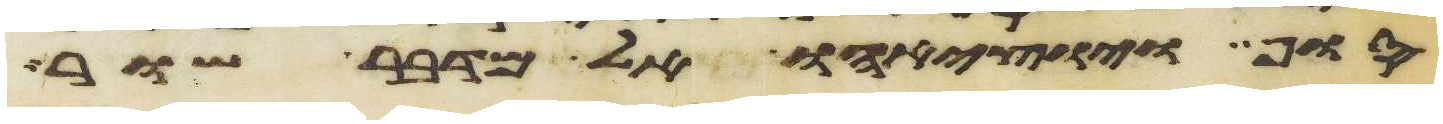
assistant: סוף ויוציאהו אל מדבר שור